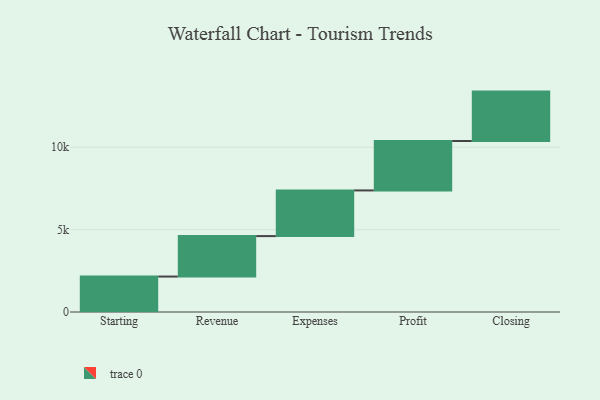
{"axis": {"x": "Step", "y": "Value"}, "legend": [""], "data": [{"x": "Starting", "y": 2152.0, "type": ""}, {"x": "Revenue", "y": 2456.0, "type": ""}, {"x": "Expenses", "y": 2773.0, "type": ""}, {"x": "Profit", "y": 3000, "type": ""}, {"x": "Closing", "y": 3000, "type": ""}]}